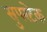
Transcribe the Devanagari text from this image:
सुपरटेक